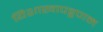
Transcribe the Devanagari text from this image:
यिशाखापट्टणम